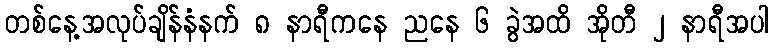
တစ်နေ့အလုပ်ချိန်နံနက် ၈ နာရီကနေ ညနေ ၆ ခွဲအထိ အိုတီ ၂ နာရီအပါ